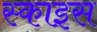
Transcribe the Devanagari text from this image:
स्काइस